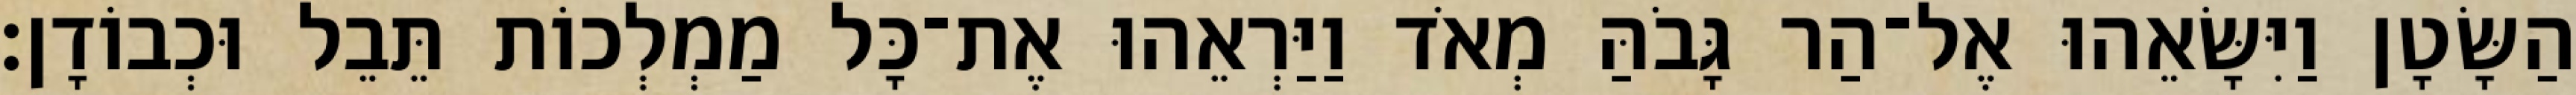
הַשָּׂטָן וַיִּשָּׂאֵהוּ אֶל־הַר גָּבֹהַּ מְאֹד וַיַּרְאֵהוּ אֶת־כָּל מַמְלְכוֹת תֵּבֵל וּכְבוֹדָן׃